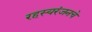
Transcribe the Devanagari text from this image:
रहस्यरंजनचे